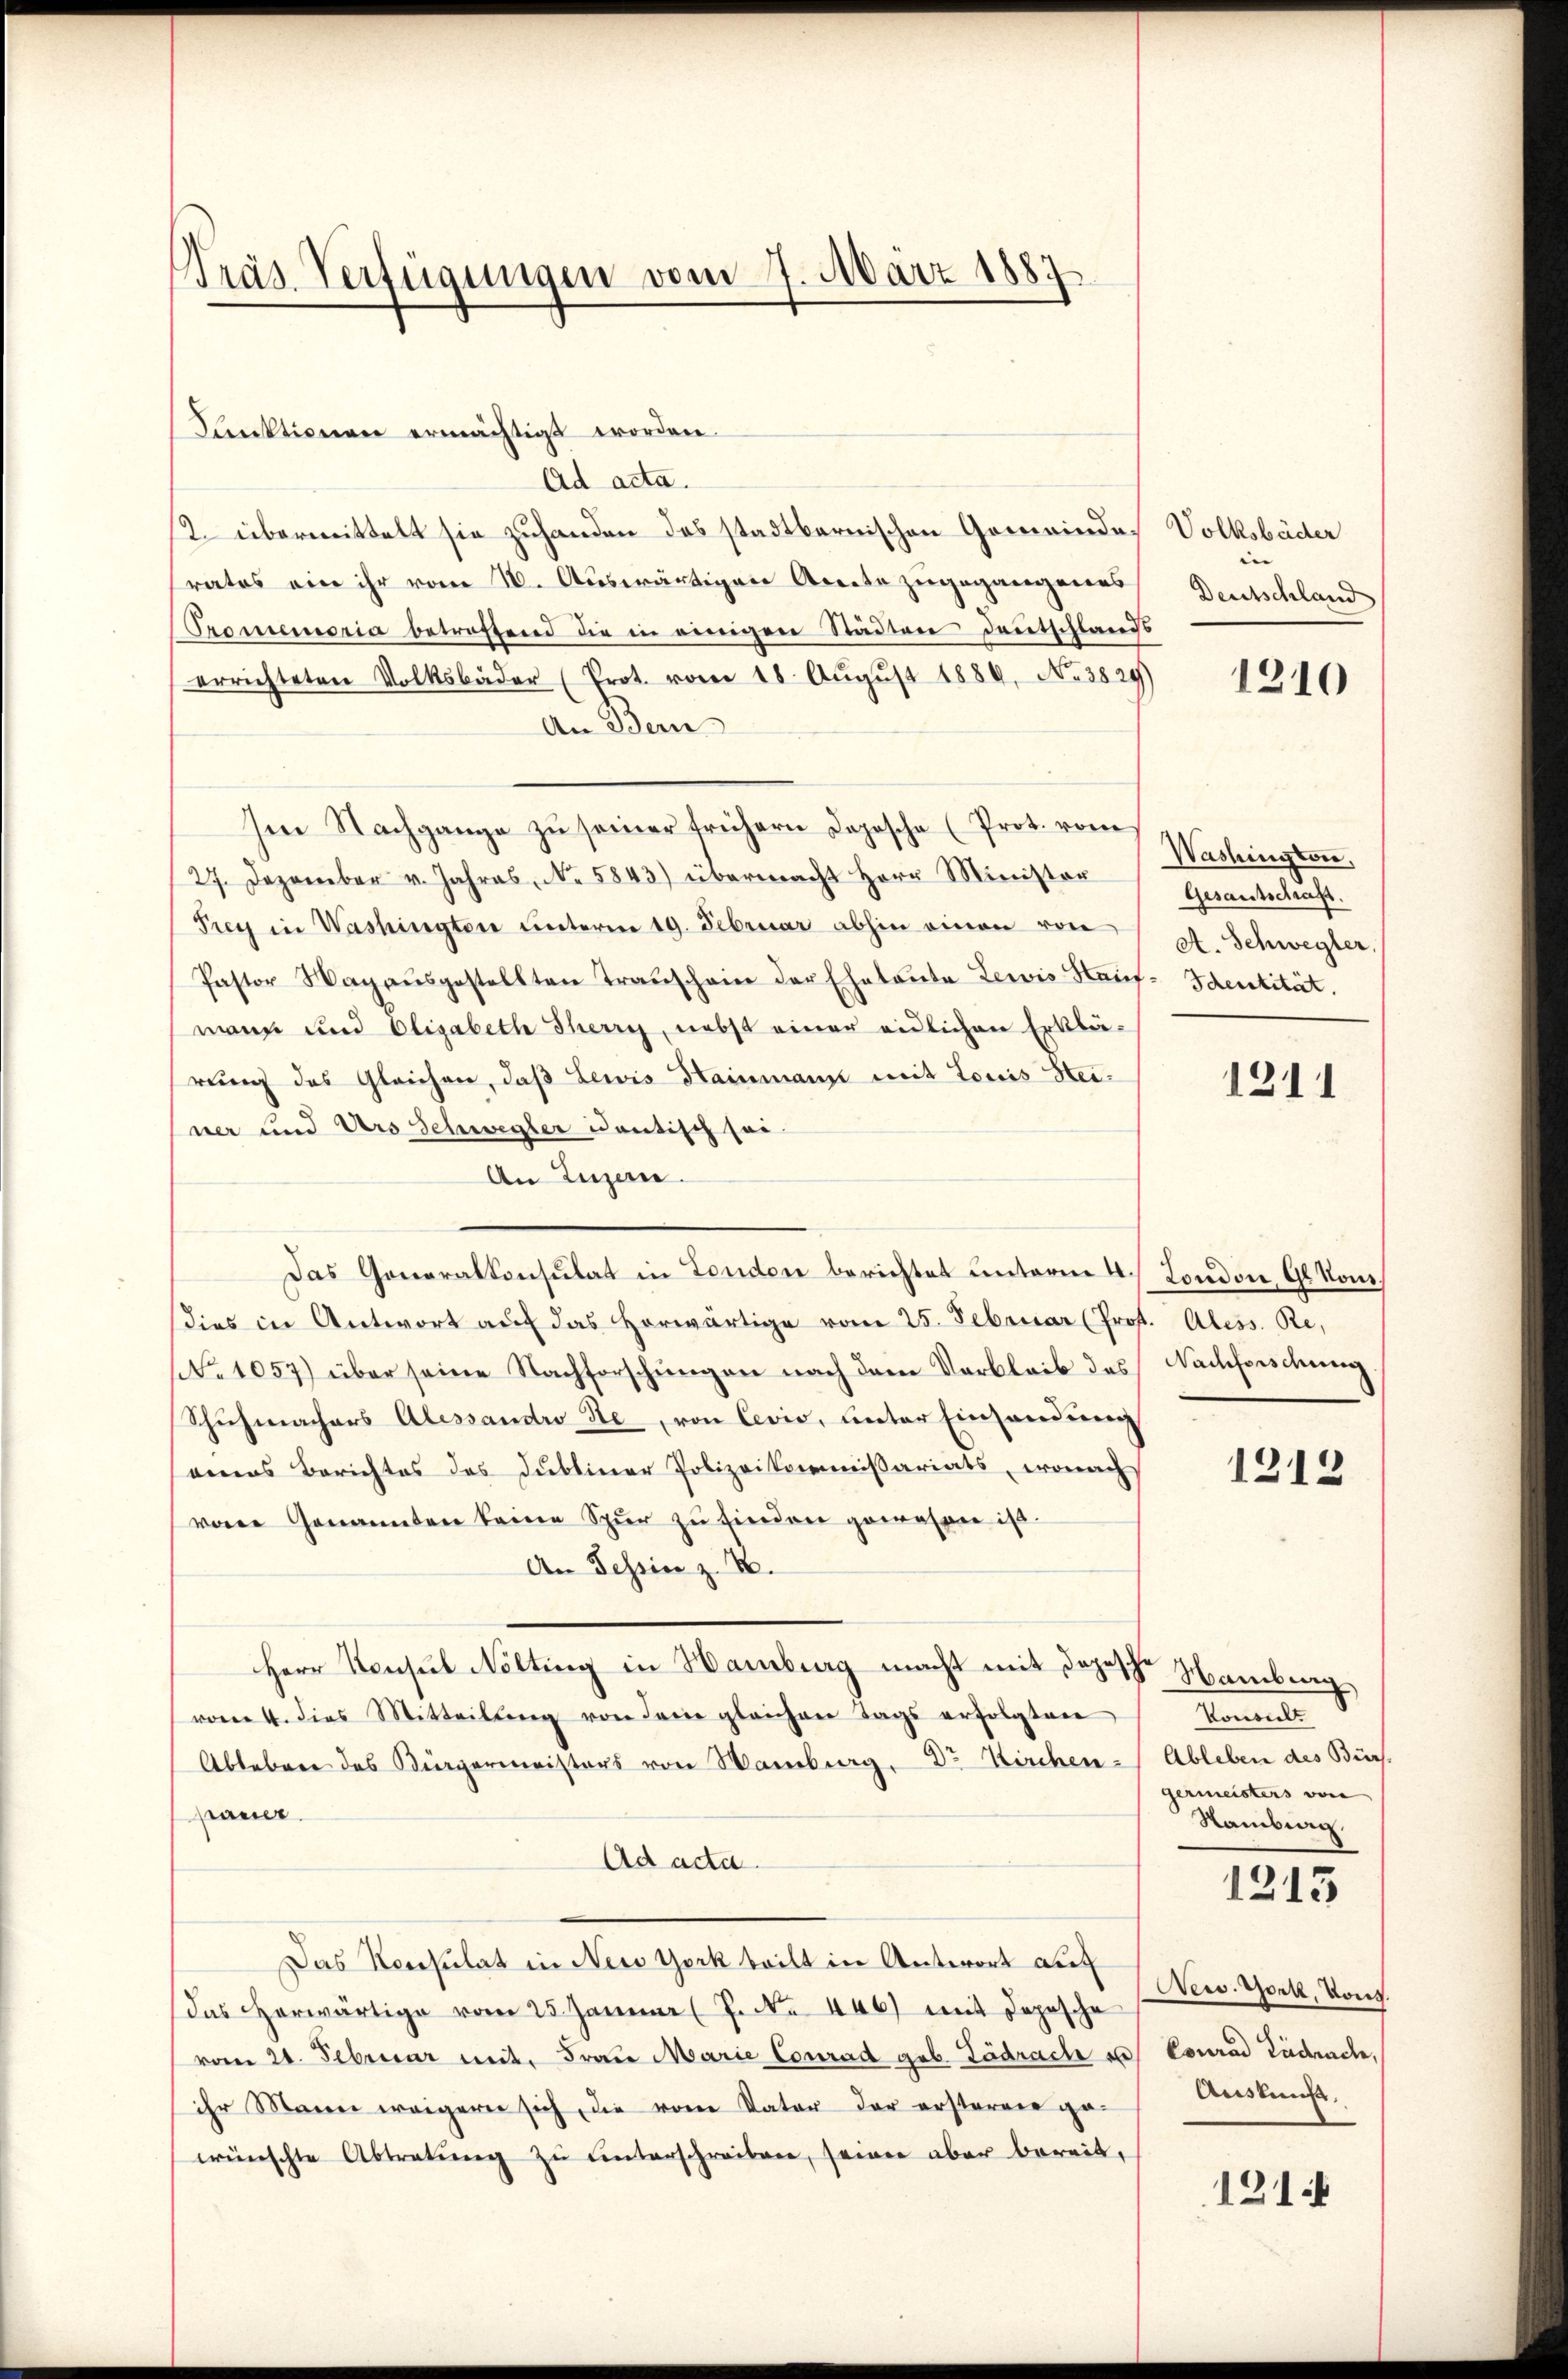
Bräs Verfügungen vom 7. März 1887

Punktionen ermächtigt worden.
Ad acta.
2. übermittelt sie zuhanden das stadtbernischen Gemeindes Volksbäder
rates ein ihr vom 16. Auswärtigen Arrete zugegangenes
Promemoria betreffend die in einigen Städten Deutschlands
errichteten Volksbäder (Prot. vom 18. August 1889, No 3829)
An Bern
Im Nachgange zu seiner frühern Dopische (Prot. vom
27. Dezember v. Jahres, No. 5843) übermacht Herr Minister
Prey in Washingten unterm 19. Februar abhin einen von
Pastor Wag aŭsgestellten Transchein der Ehetente Lewis Hauf- Identität.
mann und Elisabeth Therry, nebst einer eidlichen Erklä-
rung des Gleichen, daβ Lewis Hainmann mit Louis Steiner und Urs Schwegler Cantisch sei
An Luzern.
Das Generalkonsulat in London berichtet unterm 4. London, 9 Kom
dies in Antwort auf das Horwärtige vom 25. Februar (Prof. Aless. Re
(No 1057) über seine Nachforschungen nach dem Verbleib des Nachforschung.
Schuhmachers Alessandro Se, von Cevio, unter Einsendung
eines Berichtes des Dubliner Polizeikommissariats, wonach
von Genannten keine Spur zu finden gewesen ist.
An Tessin z. B.
Herr Konsul Nölting in Hamburg macht mit dopese Hambung
vom 4. dies Mitteilŭng von dem gleichen Tags erfolgten
Ableben des Bürgermeisters von Wamburg, Dr. Kirchen - Ableben des Bürs-
pauer.
Ad acta.
Das Konsulat in New York teilt in Antwort auf
das herwärtige vom 25. Januar (J. No. 446) mit Depesche
vom 21. Februar mit, Frau Marie Conrad geb. Lädrache aus Conrad Ludrache,
ihr Mann weigern sich, die vom Vater der ersterner ge-
wünschte Abtretŭng zŭ ŭnterschreiben, seiner aber bereit,

|
Deutschland

1210

Washington,
Gesantschaft.
A. Schwegler,

1211

1212

Vonsil.
germeisters von
Sambiag.

1213

New York, Kong.
Auskunft,

121.